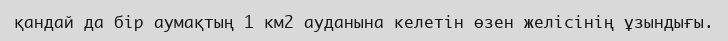
қандай да бір аумақтың 1 км2 ауданына келетін өзен желісінің ұзындығы.